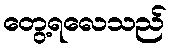
တွေ့ရလေသည်